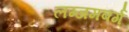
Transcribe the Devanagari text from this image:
लग्जमबर्ग